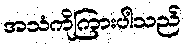
အသံကိုကြားပါသည်